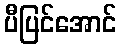
ပီပြင်အောင်